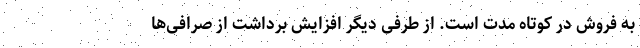
به فروش در کوتاه مدت است. از طرفی دیگر افزایش برداشت از صرافی‌ها